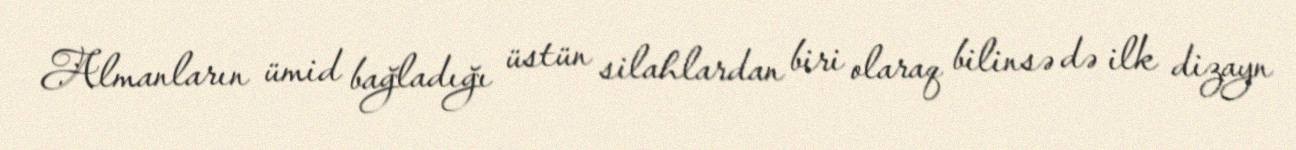
Almanların ümid bağladığı üstün silahlardan biri olaraq bilinsə də ilk dizayn